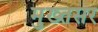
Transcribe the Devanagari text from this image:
मुख्तसर